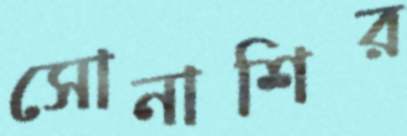
সোনাশির